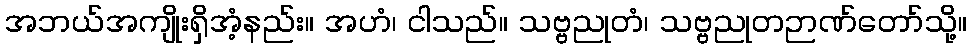
အဘယ်အကျိုးရှိအံ့နည်း။ အဟံ၊ ငါသည်။ သဗ္ဗညုတံ၊ သဗ္ဗညုတဉာဏ်တော်သို့။